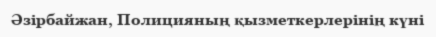
Әзірбайжан, Полицияның қызметкерлерiнiң күнi